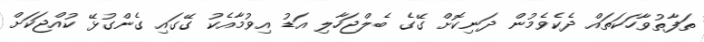
ތަފާތުވާހަކަތައް ދެކެވެމުން ދަނިކޮށް ގޭގެ ބެލްޖަހާލި އަޑު އިވުމާއެކު ގޭގައި ގެންގުޅޭ ކުއްޖަކަށް